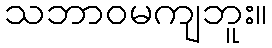
သဘာဝမကျဘူး။